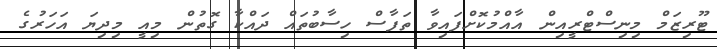
ޓޫރިޒަމް މިނިސްޓްރީއިން އާއްމުކޮށްފައިވާ ތަފާސް ހިސާބުތައް ދައްކާ ގޮތުން މިއީ މިދިޔަ އަހަރުގެ